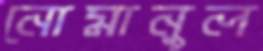
নোমানুল